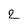
Character: 2